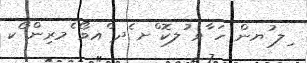
ިލ ުޔން ހަ ާވ ުލކޮ ްށ ެދ ްއވޯ ެމރިން ޯކ